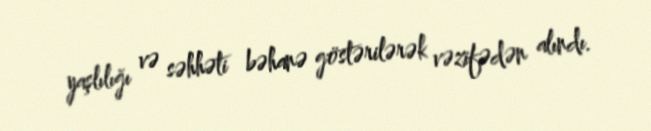
yaşlılığı və səhhəti bəhanə göstərilərək vəzifədən alındı.